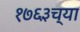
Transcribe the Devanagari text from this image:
१७६३च्या